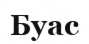
Буас